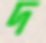
দ